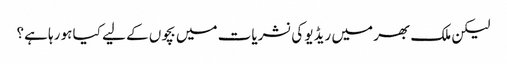
لیکن ملک بھر میں ریڈیو کی نشریات میں بچوں کے لیے کیا ہو رہا ہے؟